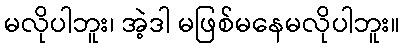
မလိုပါဘူး၊ အဲ့ဒါ မဖြစ်မနေမလိုပါဘူး။